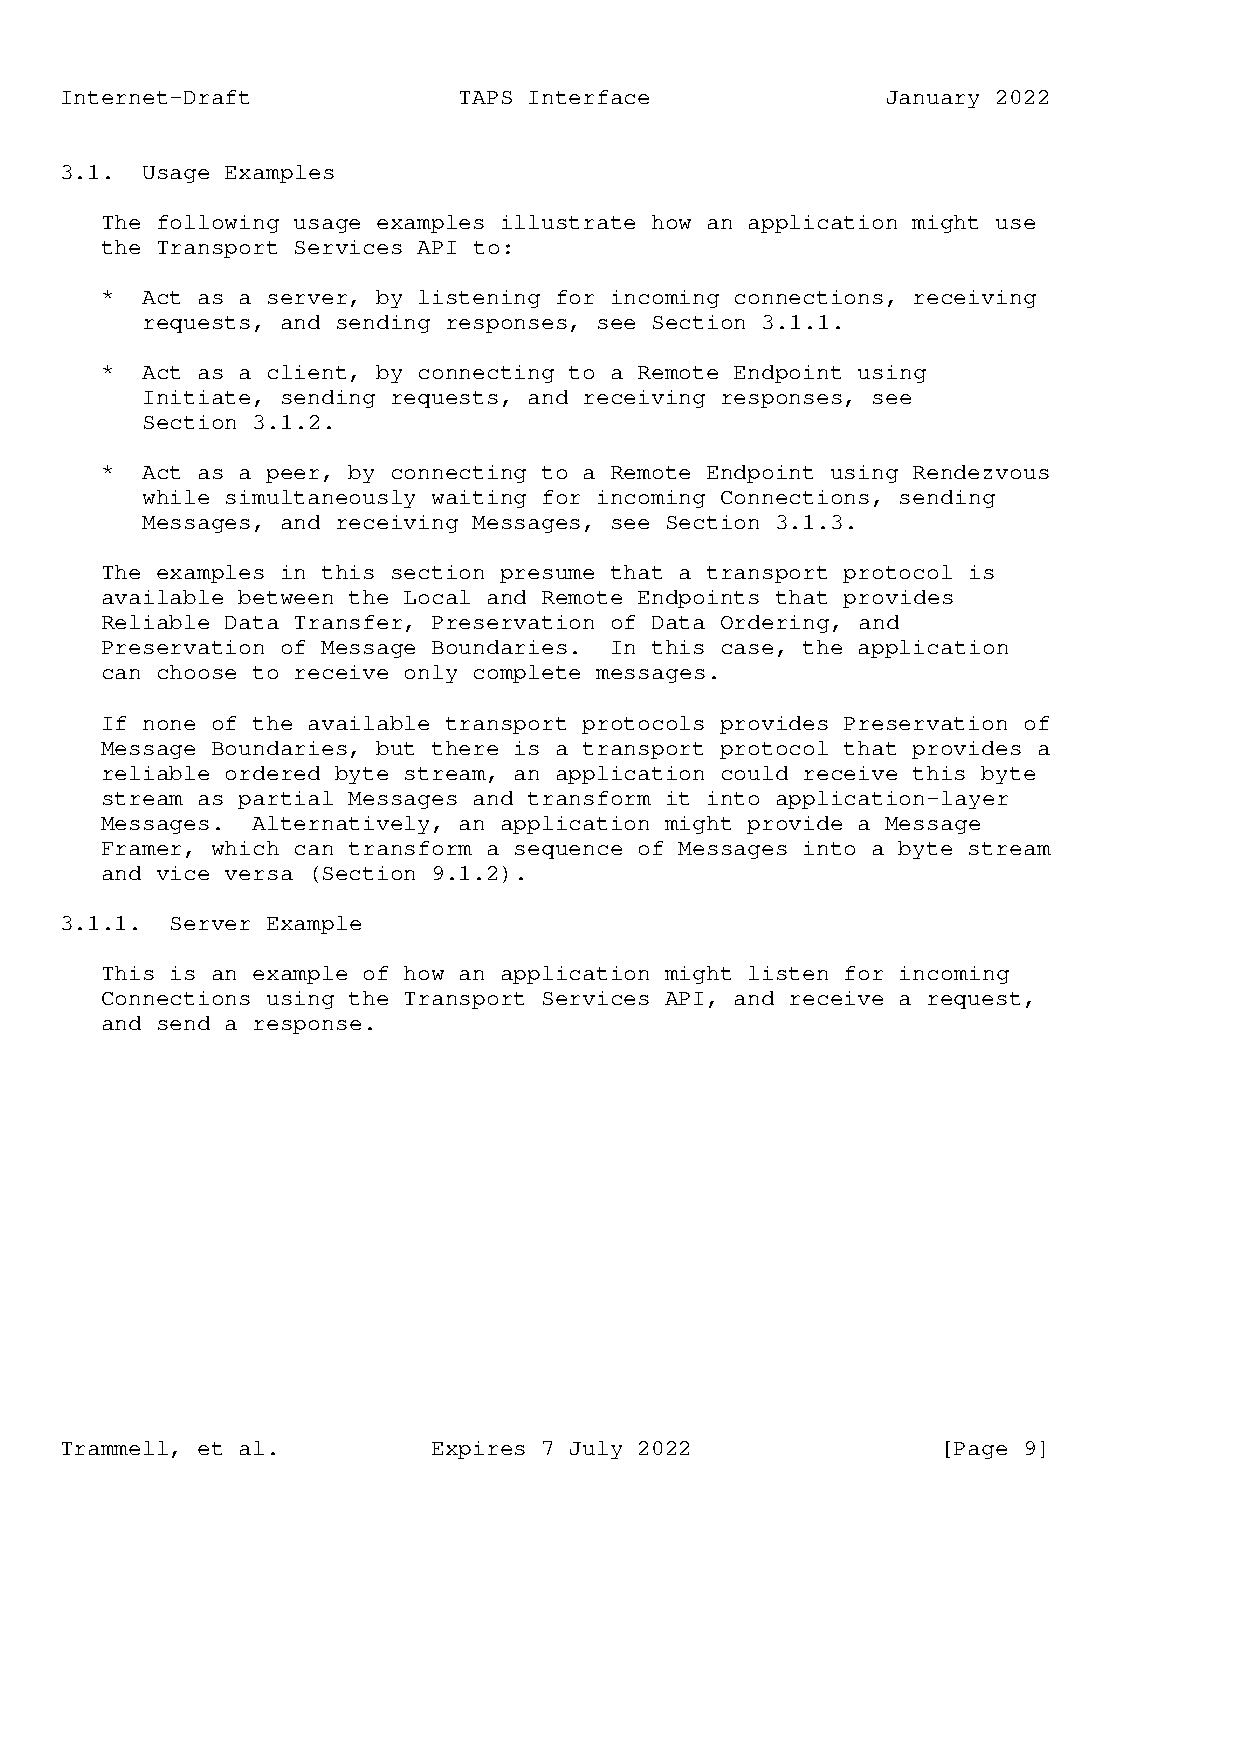
Internet-Draft            TAPS Interface               January 2022
 3.1. Usage Examples
 The following usage examples illustrate how an application might use
 the Transport Services API to:
 * Act as a server, by listening for incoming connections, receiving
 requests, and sending responses, see Section 3.1.1.
 * Act as a client, by connecting to a Remote Endpoint using
 Initiate, sending requests, and receiving responses, see
 Section 3.1.2.
 * Act as a peer, by connecting to a Remote Endpoint using Rendezvous
 while simultaneously waiting for incoming Connections, sending
 Messages, and receiving Messages, see Section 3.1.3.
 The examples in this section presume that a transport protocol is
 available between the Local and Remote Endpoints that provides
 Reliable Data Transfer, Preservation of Data Ordering, and
 Preservation of Message Boundaries. In this case, the application
 can choose to receive only complete messages.
 If none of the available transport protocols provides Preservation of
 Message Boundaries, but there is a transport protocol that provides a
 reliable ordered byte stream, an application could receive this byte
 stream as partial Messages and transform it into application-layer
 Messages. Alternatively, an application might provide a Message
 Framer, which can transform a sequence of Messages into a byte stream
 and vice versa (Section 9.1.2).
 3.1.1. Server Example
 This is an example of how an application might listen for incoming
 Connections using the Transport Services API, and receive a request,
 and send a response.
 Trammell, et al.         Expires 7 July 2022              [Page 9]